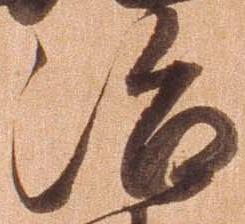
治